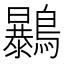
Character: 𪇰